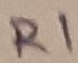
Text: R1